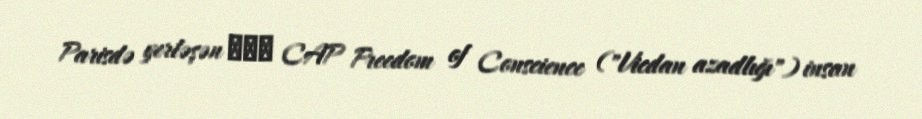
Parisdə yerləşən ООН CAP Freedom of Conscience ("Vicdan azadlığı") insan